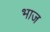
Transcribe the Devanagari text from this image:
भाज